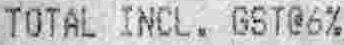
TOTAL INCL. GST@6%